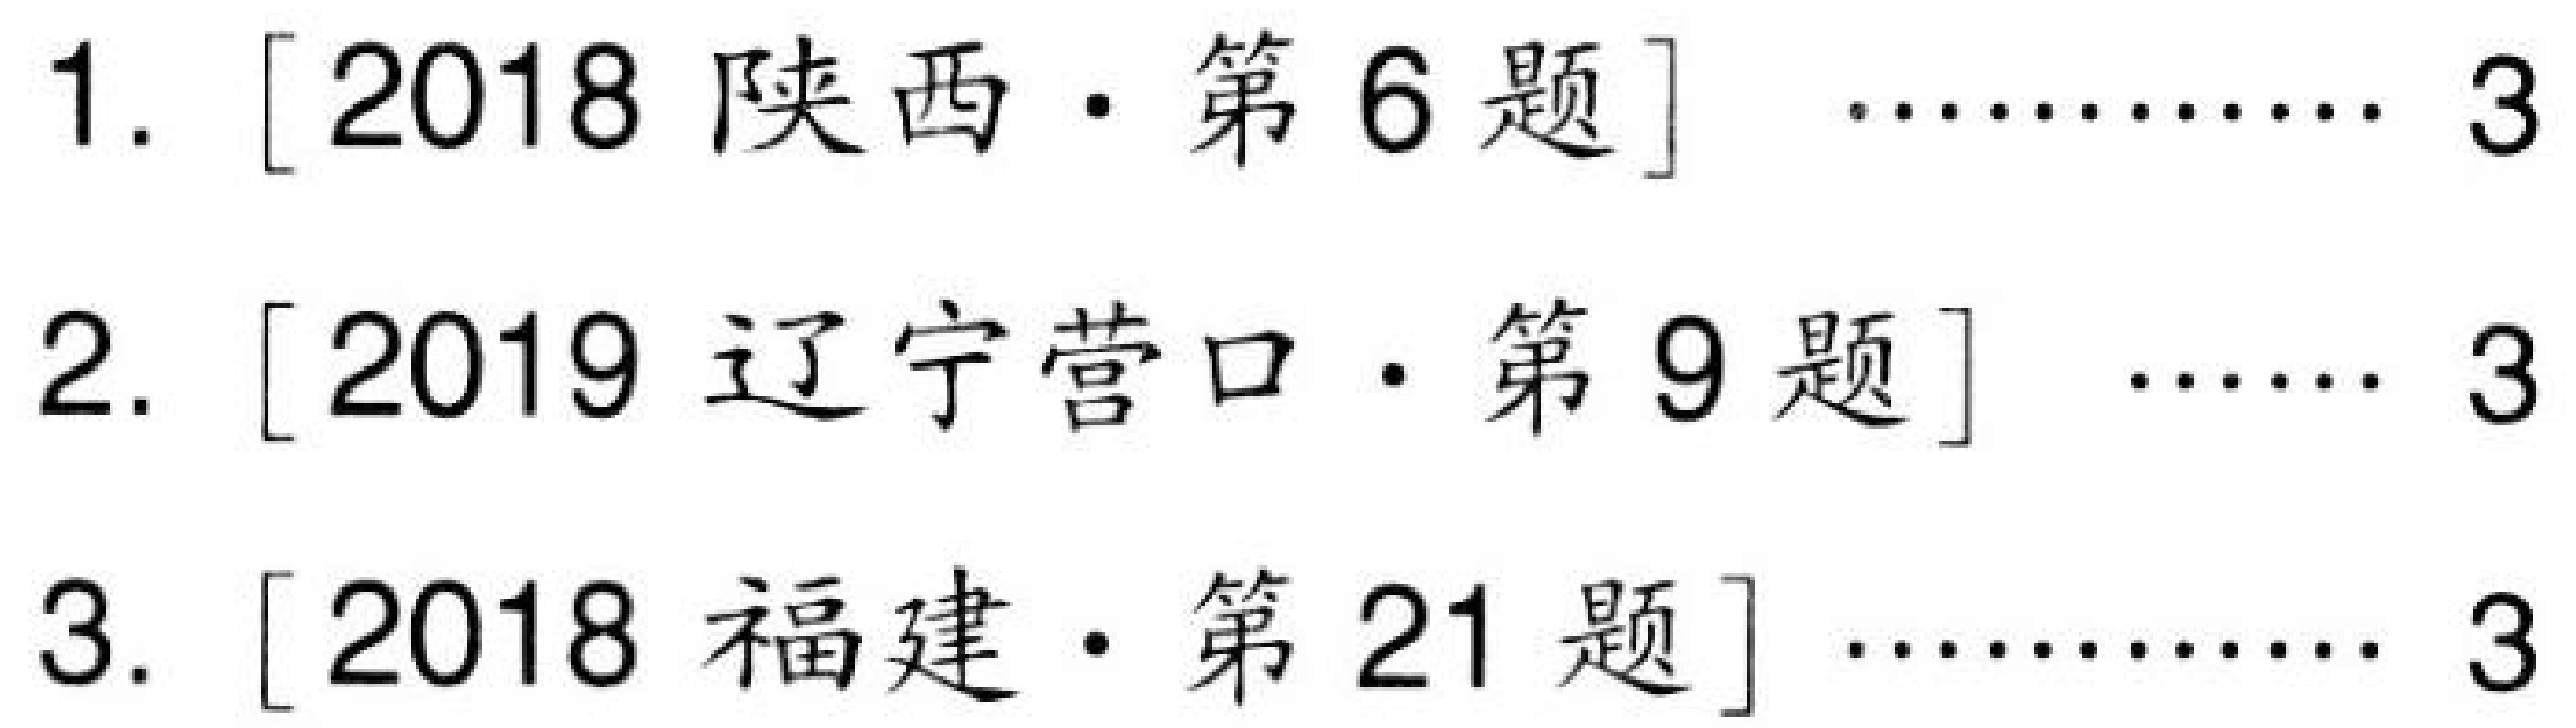
1. [2018 陕西·第6题] ......... 3
2. [2019 辽宁营口·第9题] ...... 3
3. [2018 福建·第21题] ......... 3